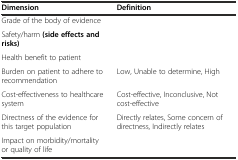
<table><thead><tr><td><b>Dimension</b></td><td><b>Definition</b></td></tr></thead><tbody><tr><td>Grade of the body of evidence</td><td>[EMPTY_CELL]</td></tr><tr><td>Safety/harm <b>(side effects and risks)</b></td><td>[EMPTY_CELL]</td></tr><tr><td>Health benefit to patient</td><td>[EMPTY_CELL]</td></tr><tr><td>Burden on patient to adhere to recommendation</td><td>Low, Unable to determine, High</td></tr><tr><td>Cost-effectiveness to healthcare system</td><td>Cost-effective, Inconclusive, Not cost-effective</td></tr><tr><td>Directness of the evidence for this target population</td><td>Directly relates, Some concern of directness, Indirectly relates</td></tr><tr><td>Impact on morbidity/mortality or quality of life</td><td>[EMPTY_CELL]</td></tr></tbody></table>